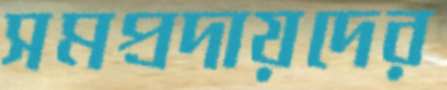
সমপ্রদায়দের